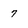
Character: 7